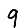
Digit: 9